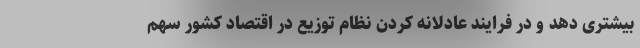
بیشتری دهد و در فرایند عادلانه کردن نظام توزیع در اقتصاد کشور سهم